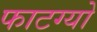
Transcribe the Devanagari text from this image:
फाटग्यो